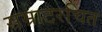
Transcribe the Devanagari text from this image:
सम्राटरचित